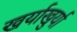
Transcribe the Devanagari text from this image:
खर्याखुर्या